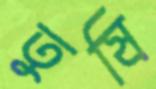
তুষি